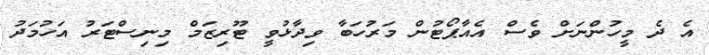
އެ ދެ މީހުންނަށް ވެސް އެއާޕޯޓުން މަރުހަބާ ވިދާޅުވީ ޓޫރިޒަމް މިނިސްޓަރު އަހުމަދު